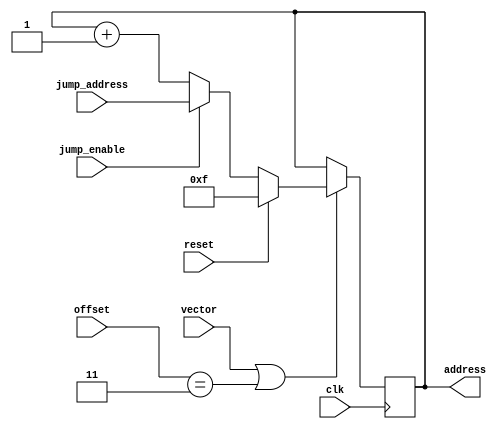
module program_counter(
    input wire clk,
    input wire reset,
    // input wire pause,  // 1 -> pause, 0 -> continue;
    input wire vector,
    input wire [1:0] offset,
    input wire jump_enable,

    input wire [7:0] jump_address,
    output wire [7:0] address
);

reg [7:0] counter;

initial begin
    counter <= 8'b1111;   // starting from 15
end

always @(posedge clk ) begin
    
    if(vector || offset == 2'b11)begin
        
        if(reset)begin
            counter <= 8'b1111;  // reset is 15 
        end
        else if(jump_enable == 1'b1) begin
            counter <= jump_address;
        end
        else begin
            counter <= counter + 8'b1;
        end


    end


end
assign address = counter;


endmodule